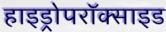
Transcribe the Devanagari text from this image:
हाइड्रोपरॉक्साइड